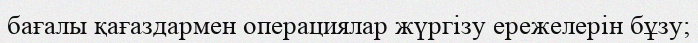
бағалы қағаздармен операциялар жүргізу ережелерін бұзу;